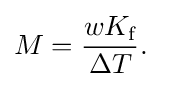
M={{wK_{\text{f}}} \over {\Delta T}}.\